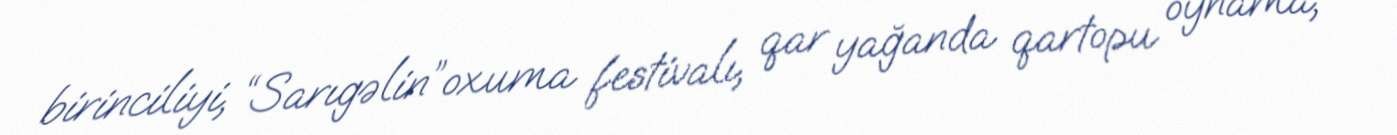
birinciliyi, “Sarıgəlin”oxuma festivalı, qar yağanda qartopu oynama,